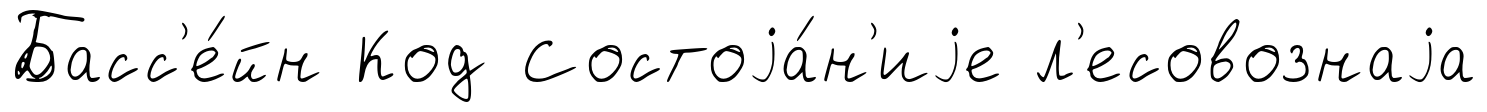
Басс'е́йн Код Состоjа́н'иjе л'есовознаjа